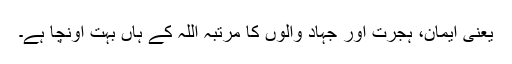
یعنی ایمان، ہجرت اور جہاد والوں کا مرتبہ اللہ کے ہاں بہت اونچا ہے۔